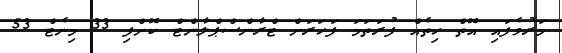
މަރުވެފައި އޮތް ހިތެއް ފުރަތަމަ ފަހަރަށް ޓްރާންސްޕްލާންޓް ކޮށްފި 33 މިނެޓް 53